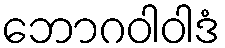
ဘောဂဝါဝါဒံ